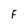
Character: F